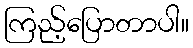
ကြည့်ပြောတာပါ။